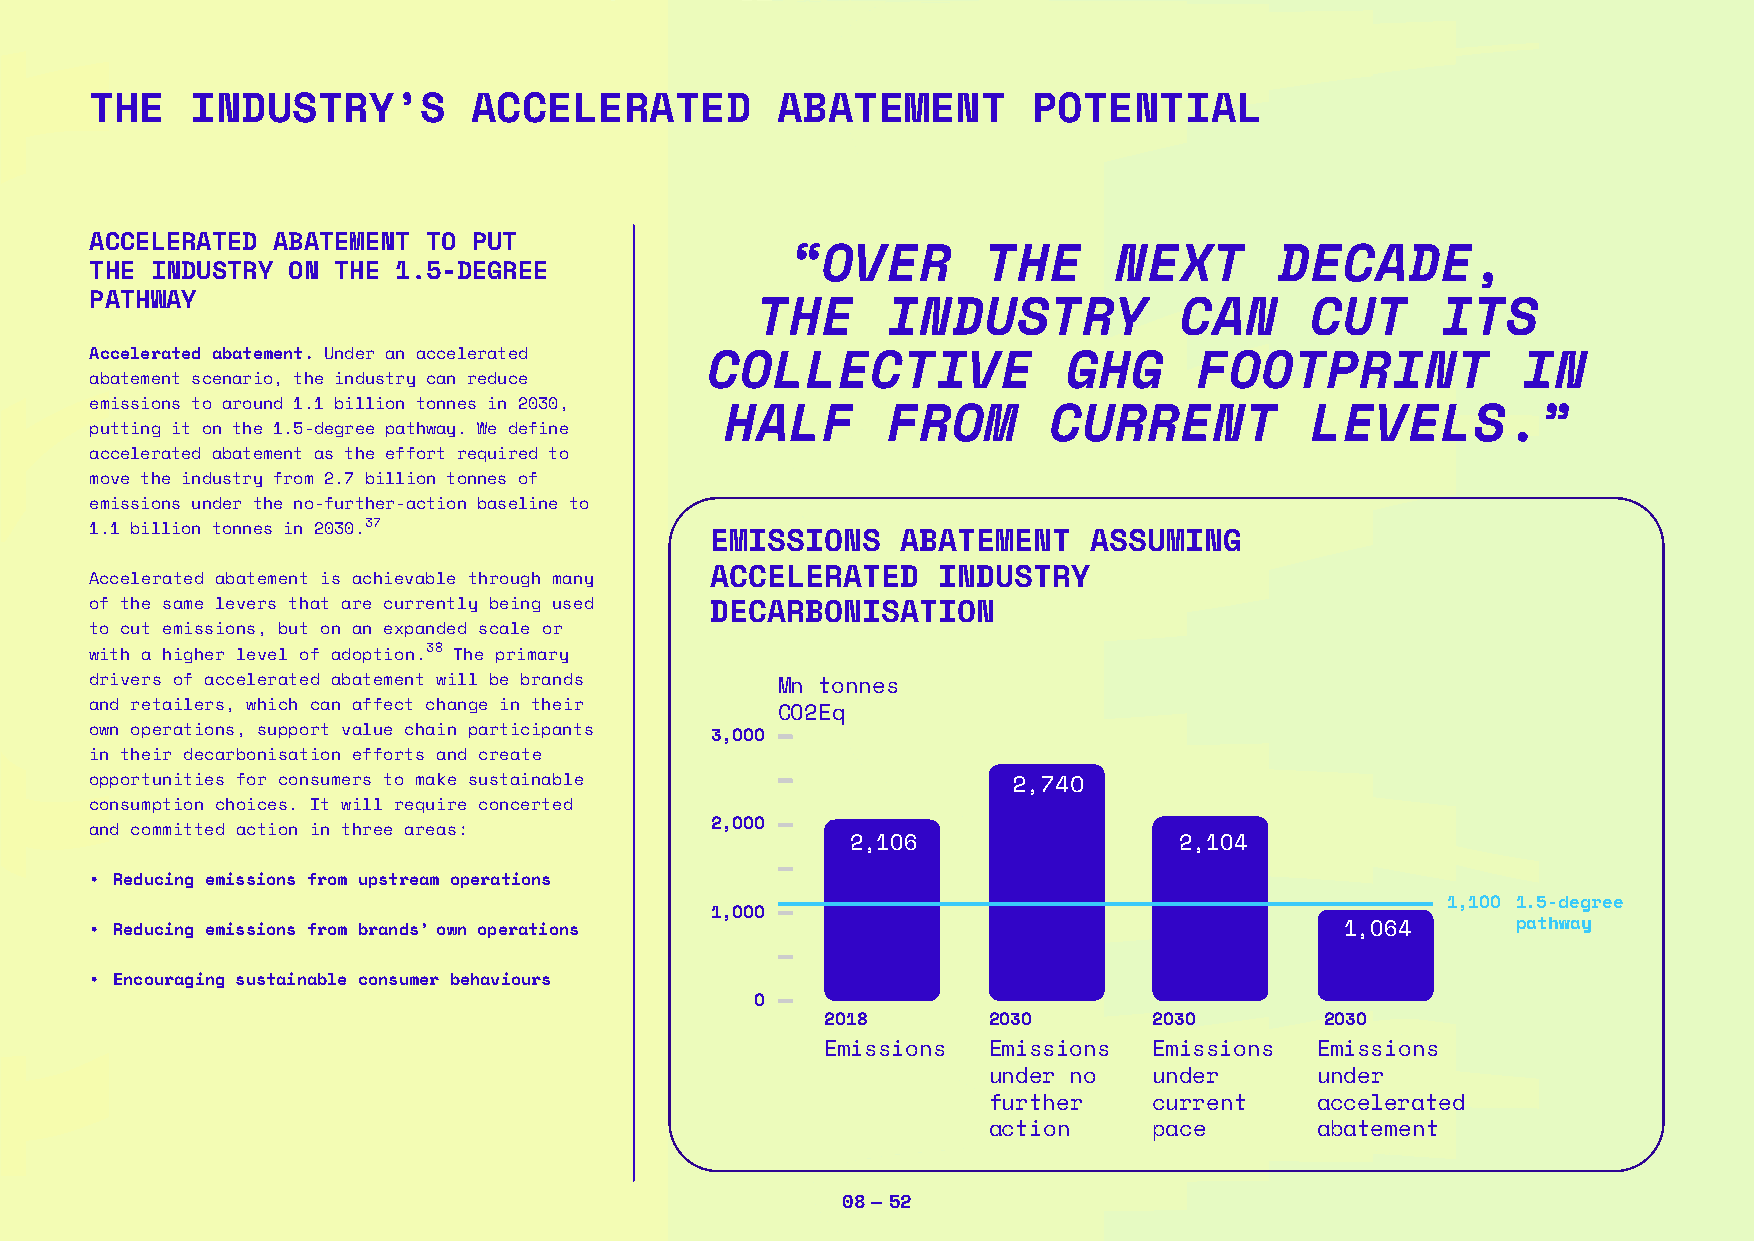
THE    INDUSTRY’S        ACCELERATED         ABATEMENT        POTENTIAL
 ACCELERATED ABATEMENT TO PUT
 “OVER        THE      NEXT       DECADE,
 THE INDUSTRY ON THE 1.5-DEGREE
 PATHWAY
 THE      INDUSTRY           CAN      CUT     ITS
 Accelerated abatement. Under an accelerated COLLECTIVE           GHG     FOOTPRINT             IN
 abatement scenario, the industry can reduce
 emissions to around 1.1 billion tonnes in 2030,
 HALF       FROM       CURRENT          LEVELS.”
 putting it on the 1.5-degree pathway. We define
 accelerated abatement as the effort required to
 move the industry from 2.7 billion tonnes of
 emissions under the no-further-action baseline to
 1.1 billion tonnes in 2030.37
 EMISSIONS    ABATEMENT   ASSUMING
 ACCELERATED    INDUSTRY
 Accelerated abatement is achievable through many
 of the same levers that are currently being used DECARBONISATION
 to cut emissions, but on an expanded scale or
 with a higher level of adoption.38 The primary
 drivers of accelerated abatement will be brands Mn tonnes
 and retailers, which can affect change in their
 CO2Eq
 own operations, support value chain participants
 3,OOO
 in their decarbonisation efforts and create
 opportunities for consumers to make sustainable              2,74O
 consumption choices. It will require concerted
 and committed action in three areas:     2,OOO
 2,1O6                 2,1O4
 • Reducing emissions from upstream operations
 1,1OO 1.5-degree
 1,OOO
 • Reducing emissions from brands’ own operations                                   1,O64      pathway
 • Encouraging sustainable consumer behaviours
 O
 2O18      2O3O       2O3O        2O3O
 Emissions Emissions  Emissions  Emissions
 under no   under      under
 further    current    accelerated
 action     pace       abatement
 08 — 52